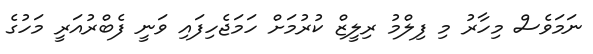
ނަމަވެސް މިހާރު މި ފިލްމު ރިލީޒް ކުރުމަށް ހަމަޖެހިފައި ވަނީ ފެބްރުއަރީ މަހުގެ